画像に写った文字を読んでください
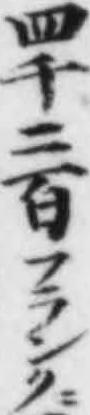
「四千二百フランク」と書いてあります